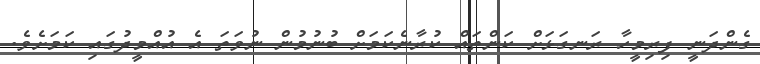
ގެންދަނީ ފިރިމީހާ ރަނގަޅަށް ކަންތައް ކުރާނެކަމަށް ބުނުމުން ނުވަތަ އެ އުއްމީދުގައި ކަމަށެވެ.